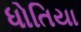
ધોતિયા